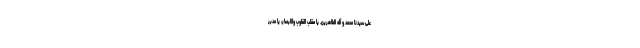
علی سیّدنا محمّد و آله الطّاهرین. یا مقلّب القلوب والابصار، یا مدبّر